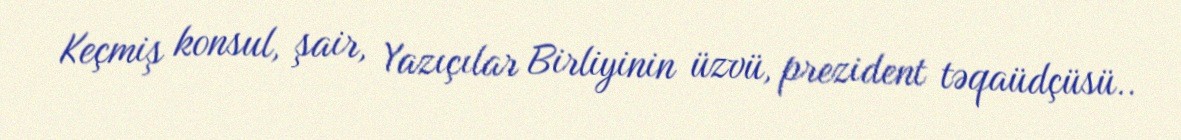
Keçmiş konsul, şair, Yazıçılar Birliyinin üzvü, prezident təqaüdçüsü..